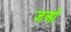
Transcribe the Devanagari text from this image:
जओ